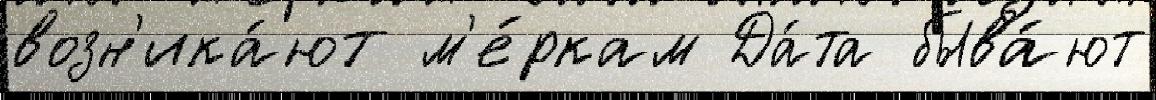
возн'ика́ют м'е́ркам Да́та быва́ют